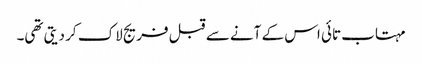
مہتاب تائی اس کے آنے سے قبل فریج لاک کر دیتی تھی۔